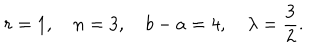
r = 1 , \quad n = 3 , \quad b - a = 4 , \quad \lambda = \frac { 3 } { 2 } .